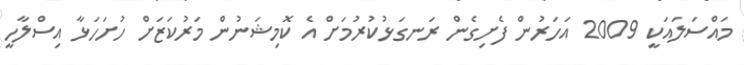
މައްސަލައަކީ 2009 އަހަރުން ފެށިގެން ރަނގަޅުކުރުމަށް އެ ކޮމިޝަނުން މަރުކަޒަށް ހުށަހަޅާ އިސްލާހީ